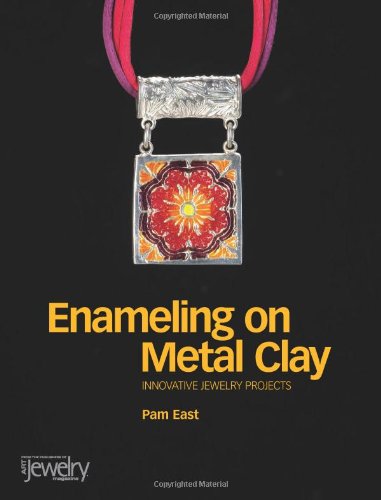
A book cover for Enameling on Metal Clay; Pam East; Crafts, Hobbies & Home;